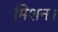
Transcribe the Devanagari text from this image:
मिशन।